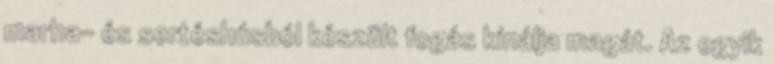
marha- és sertéshúsból készült fogás kínálja magát. Az egyik